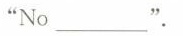
"No___ " .